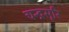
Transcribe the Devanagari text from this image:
चन्द्रसूरि